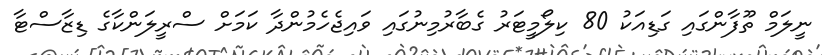
ނީލަމް ތޫފާންގައި ގަޑިއަކު 80 ކިލޯމީޓަރު ގެބާރުމިނުގައި ވައިޖެހެމުންދާ ކަމަށް ސްރީލަންކާގެ ޑިޒާސްޓާ